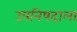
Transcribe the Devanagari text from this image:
उपनिषदाला